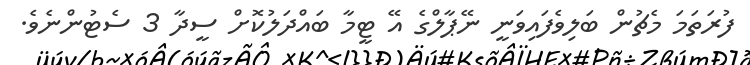
ފުރަތަމަ މެޗުން ބަލިވެފައިވަނީ ނޭޕާލްގެ އޭ ޓީމާ ބައްދަލުކޮށް ސީދާ 3 ސެޓުންނެވެ.